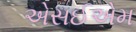
એસઈએમ